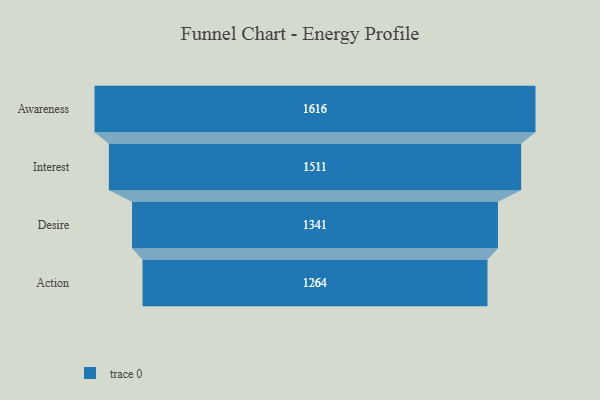
{"axis": {"x": "Stage", "y": "Value"}, "legend": [""], "data": [{"x": "Awareness", "y": 1616.0, "type": ""}, {"x": "Interest", "y": 1511.0, "type": ""}, {"x": "Desire", "y": 1341.0, "type": ""}, {"x": "Action", "y": 1264.0, "type": ""}]}